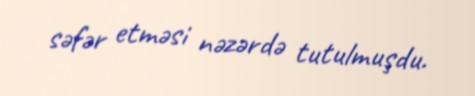
səfər etməsi nəzərdə tutulmuşdu.